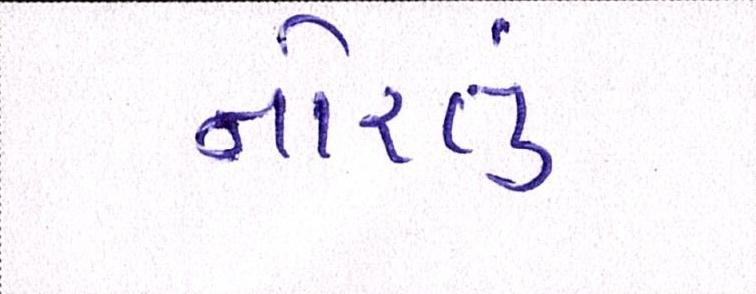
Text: નોરતુ